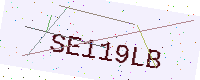
Text: SE119LB